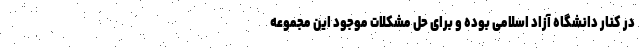
در کنار دانشگاه آزاد اسلامی بوده و برای حل مشکلات موجود این مجموعه